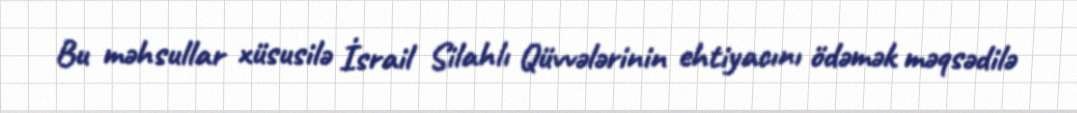
Bu məhsullar xüsusilə İsrail Silahlı Qüvvələrinin ehtiyacını ödəmək məqsədilə